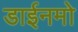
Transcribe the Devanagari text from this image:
डाईनमो